Report on vaccination in Madras 1922-1929 - 1922-1929
Year: 1922
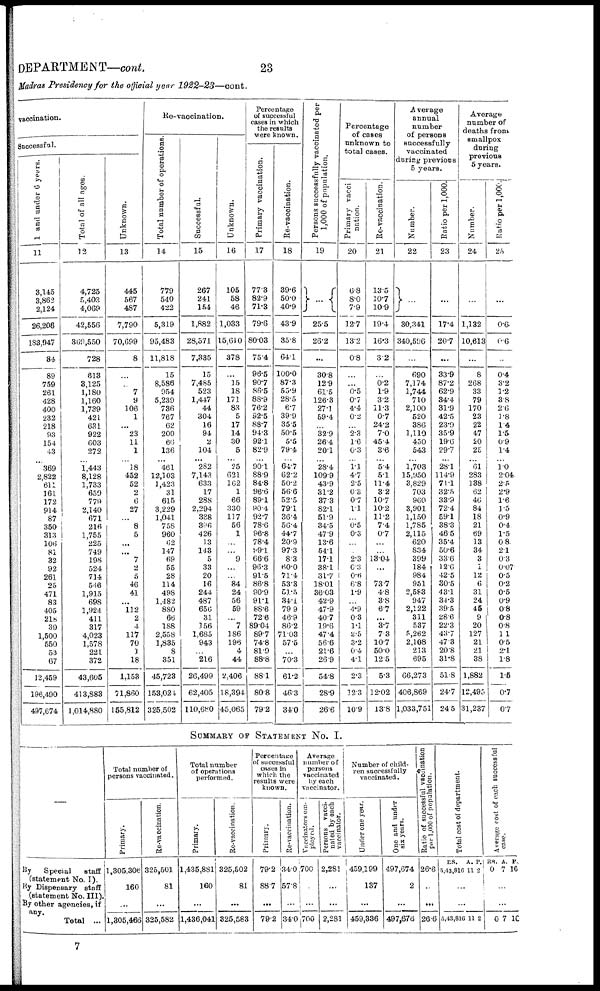
23
DEPARTMENT—cont.
Madras Presidency for the official year 1922-23—cont.
vaccination.
Successful.
1 and under 6 years.
11
3,145
3,862
2,124
26,206
183,947
84
89
759
261
428
400
232
218
93
154
43
... 369
2,822
611
161
172
914
87
350
313
106
81
32
92
261
25
471
83
405
218
39
1,500
550
53
67
12,459
196,490
497,674
Total of all ages.
12
4,725
5,403
4,069
42,556
369,550
728
813
3,125
1,180
1,160
1,739
421
631
922
603
272
... 1,443
8,128
1,733
659
779
2,140
671
216
1,755
225
749
198
524
714
546
1,915
698
1,924
411
317
4,023
1,578
221
372
43,605
413,883
1,014,880
Unknown.
13
445
567
487
7,790
70,699
8
...
...
7
9
106
1
... 23
11
1
... 18
452
52
2
6
27
... 8
5
...
... 7
2
5
46
41
...
112
2
4
117
70
1
18
1,153
71,860
155,812
Re-vaccination.
Total number of operations.
14
779
540
422
5,319
95,483
11,818
15
8,586
954
5,239
736
767
62
200
66
136
...
461
12,103
1,423
31
615
3,229
1,041
758
960
62
147
69
55
28
114
498
1,482
880
66
188
2,558
1,835
8
351
45,723
153,024
325,502
Successful.
15
267
241
154
1,882
28,571
7,335
15
7,485
523
1,447
44
304
16
94
2
104
...
282
7,143
633
17
288
2,294
388
396
426
13
143
5
33
20
16
244
487
656
31
156
1,685
943
... 216
26,499
62,405
110,680
Unknown.
16
105
58
46
1,033
15,610
378
...
15
18
171
83
5
17
14
30
5
...
25
621
162
1
66
330
117
56
1
...
... 9
...
... 84
24
56
59
... 7
186
196
4
44
2,406
18,394
45,065
Percentage
of successful
cases in which
the results
were known.
Primary vaccination.
17
77.3
82.9
71.3
79.6
80.03
75.4
96.5
90.7
86.5
88.9
76.2
92.5
88.7
94.3
92.1
82.9
...
90.1
88.9
84.8
96.6
89.1
90.4
92.7
78.6
96.8
78.4
99.1
66.6
96.3
91.5
86.8
90.9
91.1
88.6
72.6
89.04
89.7
74.8
81.9
88.8
88.1
80.8
79.2
Re-vaccination.
18
39.6
50.0
40.9
43.9
35.8
64.1
100.0
87.3
55.9
28.5
6.7
39.9
35.5
50.5
5.5
79.4
...
64.7
62.2
50.2
56.6
52.5
79.1
36.4
56.4
44.7
20.9
97.3
8.3
60.0
71.4
53.3
51.5
34.1
79.9
46.9
86.2
71.03
57.5
...
70.3
61.2
46.3
34.0
Persons successfully vaccinated per
1,000 of population.
19
...
25.5
26.2
...
30.8
12.9
61.5
126.3
27.1
59.4
... 32.9
26.4
20.1
... 28.4
109.9
43.9
31.2
37.3
82.1
51.9
34.5
47.9
13.6
54.1
17.1
381
31.7
18.01
36.03
42.9
47.9
40.7
19.6
47 4
56.6
21.6
26.9
54.8
28.9
26.6
Percentage
of cases
unknown to
total cases.
Primary vacci
nation.
20
0.8
8.0
7.9
12.7
13.2
0.8
...
...
0.5
0.7
4.4
0.2
... 2.3
1.6
0.3
...
1.1
4.7
2.5
0.3
0.7
1.1
... 0.5
0.3
...
... 2.3
0.3
0.6
6.8
1.9
...
4.9
0.3
1.1
2.5
3.2
0.4
4.1
2.3
12.3
10.9
Re-vaccination.
21
13.5
10.7
10.9
19.4
16.3
3.2
...
0.2
1.9
3.2
11.3
0.7
24.2
7.0
45.4
3.6
...
5.4
5.1
11.4
3.2
10.7
10.2
11.2
7.4
0.7
...
...
13.04
...
...
73.7
4.8
3.8
6.7
...
3.7
73
10.7
50.0
12.5
5.3
12.02
13.8
Average
annual
number
of persons
successfully
vaccinated
during previous
5 years.
Number.
22
...
30,341
340,596
...
690
7,174
1,744
710
2,100
520
386
1,110
450
543
... 1,703
15,950
3,829
703
960
3,901
1,150
1,785
2,115
620
834
399
184
984
951
2,583
947
2,122
311
537
5,262
2,108
213
695
66,273
406,869
1,033,751
Ratio per 1,000.
23
...
17.4
20.7
...
33.9
87.2
62.9
34.4
31.9
42.5
23.9
35.9
19.6
29.7
...
28.1
114.9
71.1
32.5
33.9
72.4
59.1
38.3
46.5
35.4
50.6
33.6
12.6
42.5
30.5
43.1
34.3
39.5
28.6
22.3
43.7
47.3
20.8
31.8
51.8
24.7
24.5
Average
number of
deaths from
Smallpox
during
previous
5 years.
Number.
24
...
1,132
10,613
...
8
268
33
79
170
23
22
47
20
25
... 61
283
138
62
46
84
18
21
69
13
34
3
1
12
6
31
24
45
9
20
127
21
21
38
1,882
12,495
31,237
Ratio per 1,000.
25
...
0.6
0.6
...
0.4
3.2
1.2
3.8
2.6
1.8
1.4
1.5
0.9
1.4
... 1.0
2.04
2.5
2.9
1.6
1.5
0.9
0.4
1.5
0.8
2.1
0.3
0.07
0.5
0.2
0.5
0.9
0.8
0.8
0.8
1.1
0.5
2.1
1.8
1.5
0.7
0.7
SUMMARY OF STATEMENT NO. I.
—
By Special
staff
(statement No. I).
By Dispensary staff
(statement No. III).
By other agencies, if
Total ...
Total number of
persons vaccinated.
Primary.
1,305,306
160
...
1,305,466
Re-vaccination.
325,501
81
...
325,582
Total number
of operations
performed.
Primary.
1,435,881
160
...
1,436,041
Re-vaccination.
325,502
81
...
325,583
Percentage
of successful
cases in
which the
results were
known.
Primary.
79.2
88.7
...
79.2
Re-vaccination.
34.0
57.8
...
34.0
Average
number of
persons
vaccinated
by each
vaccinator.
Vaccinators em-
ployed.
700
...
...
700
Persons vacci-
nated by each
vaccinator.
2,281
...
...
2,281
Number of child¬
ren successfully
vaccinated.
Under one year.
459,199
137
...
459,336
One and under
six years.
497,674
2
...
497,676
Ratio of successful vaccination
per 1,000 of population.
26.6
...
...
26.6
Total cost of department.
RS.
5,43,816
A.
11
P.
2
...
...
5,43,816 11 2
Average
cost of each successful
case.
RS.
0
A.
7
P.
10
...
...
0 7 10
7